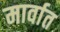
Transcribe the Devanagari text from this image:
मार्वात